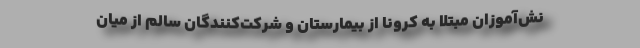
نش‌آموزان مبتلا به کرونا از بیمارستان و شرکت‌کنندگان سالم از میان